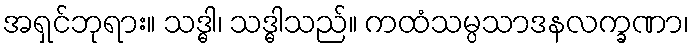
အရှင်ဘုရား။ သဒ္ဓါ၊ သဒ္ဓါသည်။ ကထံသမ္ပသာဒနလက္ခဏာ၊